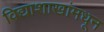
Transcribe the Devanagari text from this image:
विद्याशाखांमधून